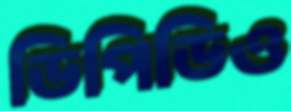
ডিপিডিও